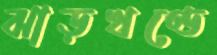
ঝাড়খণ্ডে